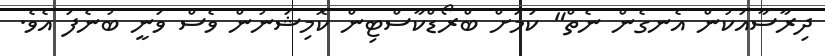
ދިރާސާއަކުން އެނގެން ނެތް" ކަމަށް ބްރޯޑްކާސްޓިން ކޮމިޝަނުން ވެސް ވަނީ ބުނެފަ އެވެ.